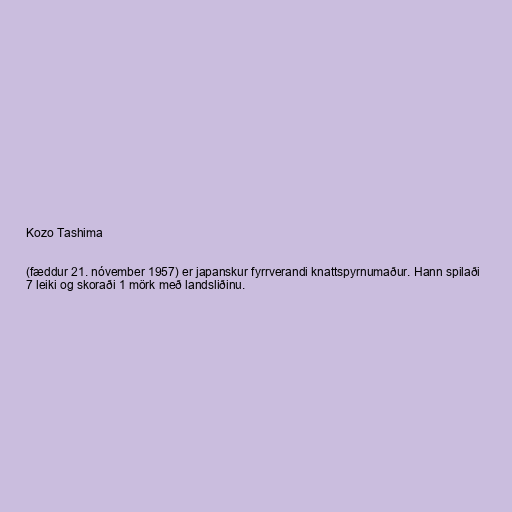
Kozo Tashima

(fæddur 21. nóvember 1957) er japanskur fyrrverandi knattspyrnumaður. Hann spilaði
7 leiki og skoraði 1 mörk með landsliðinu.